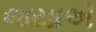
જયાએ